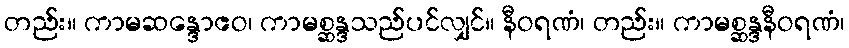
တည်း။ ကာမဆန္ဒောဧဝ၊ ကာမစ္ဆန္ဒသည်ပင်လျှင်။ နီဝရဏံ၊ တည်း။ ကာမစ္ဆန္ဒနီဝရဏံ၊